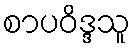
စာပဝိဒ္ဒသူ